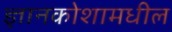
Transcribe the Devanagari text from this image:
ज्ञानकोशामधील